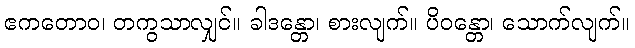
ဧကတောဝ၊ တကွသာလျှင်။ ခါဒန္တော၊ စားလျက်။ ပိဝန္တော၊ သောက်လျက်။